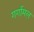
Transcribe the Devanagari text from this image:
गर्गामल